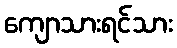
ကျောသားရင်သား